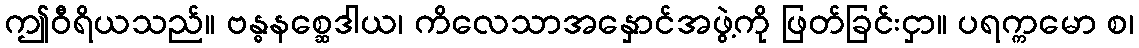
ဤဝီရိယသည်။ ဗန္ဓနစ္ဆေဒါယ၊ ကိလေသာအနှောင်အဖွဲ့ကို ဖြတ်ခြင်းငှာ။ ပရက္ကမော စ၊